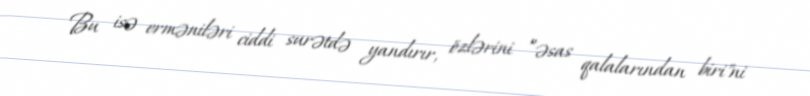
Bu isə erməniləri ciddi surətdə yandırır, özlərini ”əsas qalalarından biri"ni